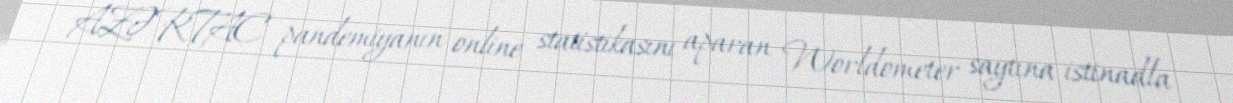
AZƏRTAC pandemiyanın online statistikasını aparan Worldometer saytına istinadla